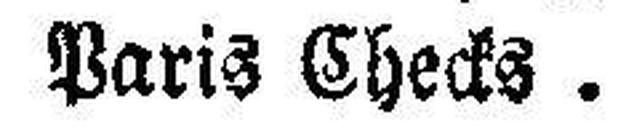
Paris Checks